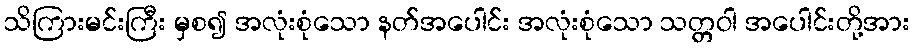
သိကြားမင်းကြီး မှစ၍ အလုံးစုံသော နတ်အပေါင်း အလုံးစုံသော သတ္တဝါ အပေါင်းတို့အား